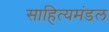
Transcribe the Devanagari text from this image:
साहित्यमंडल